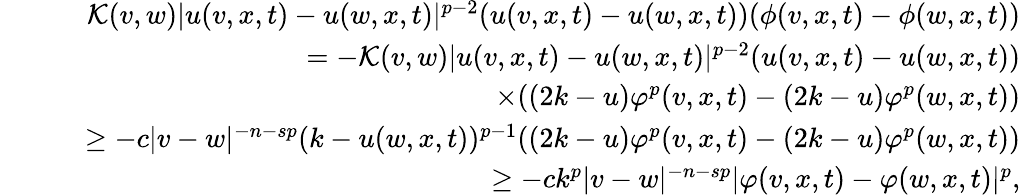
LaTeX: \begin{array}{rlr}&{}&{\mathcal{K}(v,w)\lvert u(v,x,t)-u(w,x,t)\rvert^{p-2}(u(v,x,t)-u(w,x,t))(\phi(v,x,t)-\phi(w,x,t))}\\ &{}&{\quad=-\mathcal{K}(v,w)\lvert u(v,x,t)-u(w,x,t)\rvert^{p-2}(u(v,x,t)-u(w,x,t))}\\ &{}&{\quad\quad\times((2k-u)\varphi^{p}(v,x,t)-(2k-u)\varphi^{p}(w,x,t))}\\ &{}&{\quad\ge-c\lvert v-w\rvert^{-n-sp}(k-u(w,x,t))^{p-1}((2k-u)\varphi^{p}(v,x,t)-(2k-u)\varphi^{p}(w,x,t))}\\ &{}&{\quad\geq-ck^{p}\lvert v-w\rvert^{-n-sp}\lvert\varphi(v,x,t)-\varphi(w,x,t)\rvert^{p},}\end{array}